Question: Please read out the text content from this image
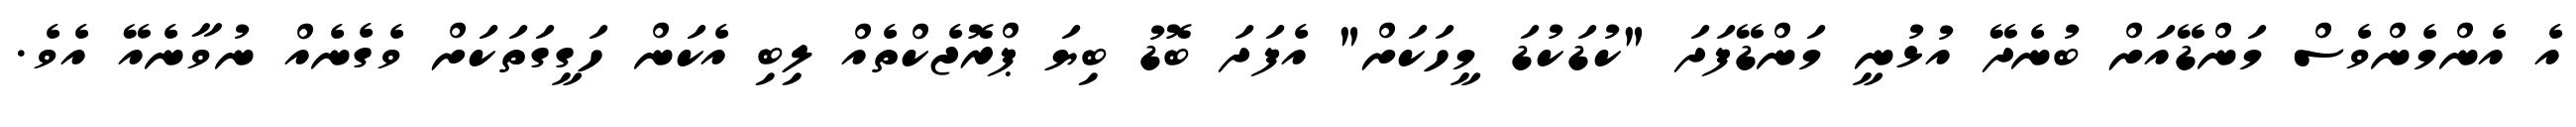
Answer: އެ އެންމެންވެސް މަންޑޭއަށް ބުނެދޭ އުޅުނީ މަންޑޭފަދަ "ކުޑަކުޑަ މީހަކަށް" އެފަދަ ބޮޑު ބިޔަ ޕްރޮޖެކްތެއް ލިބި އެކަން ހަގީގަތަކަށް ވެގެނެއް ނުވާނެއޭ އެވެ.